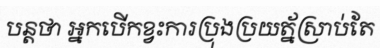
បន្តថា អ្នកបើកខ្វះការប្រុងប្រយត្ន័ស្រាប់តែ